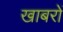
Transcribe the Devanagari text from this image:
खाबरों